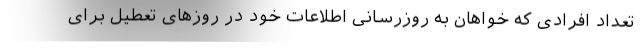
تعداد افرادی که خواهان به روزرسانی اطلاعات خود در روزهای تعطیل برای